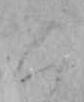
く